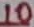
Text: 10